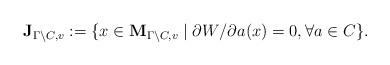
LaTeX: \begin{align*}\bold{J}_{\Gamma\backslash C, v}:=\{ x\in \bold{M}_{\Gamma \backslash C, v} \mid {\partial W}/{\partial a}(x)=0, \forall a\in C \}.\end{align*}